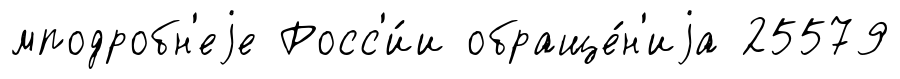
мподробн'еjе Росс'и́и обраще́н'иjа 25579